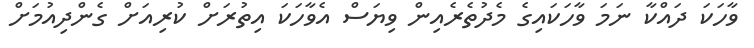
ވާހަކަ ދައްކާ ނަމަ ވާހަކައިގެ މެދުތެރެއިން ވިޔަސް އެވާހަކަ އިތުރަށް ކުރިއަށް ގެންދިއުމަށް